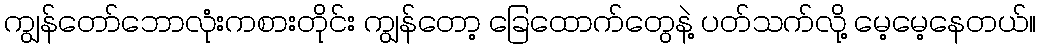
ကျွန်တော်ဘောလုံးကစားတိုင်း ကျွန်တော့ ခြေထောက်တွေနဲ့ ပတ်သက်လို့ မေ့မေ့နေတယ်။